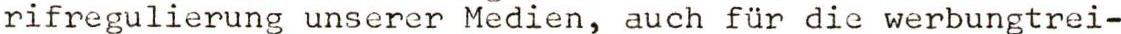
rifregulierung unserer Medien, auch für die werbungtrei-